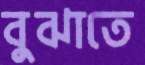
বুঝাতে